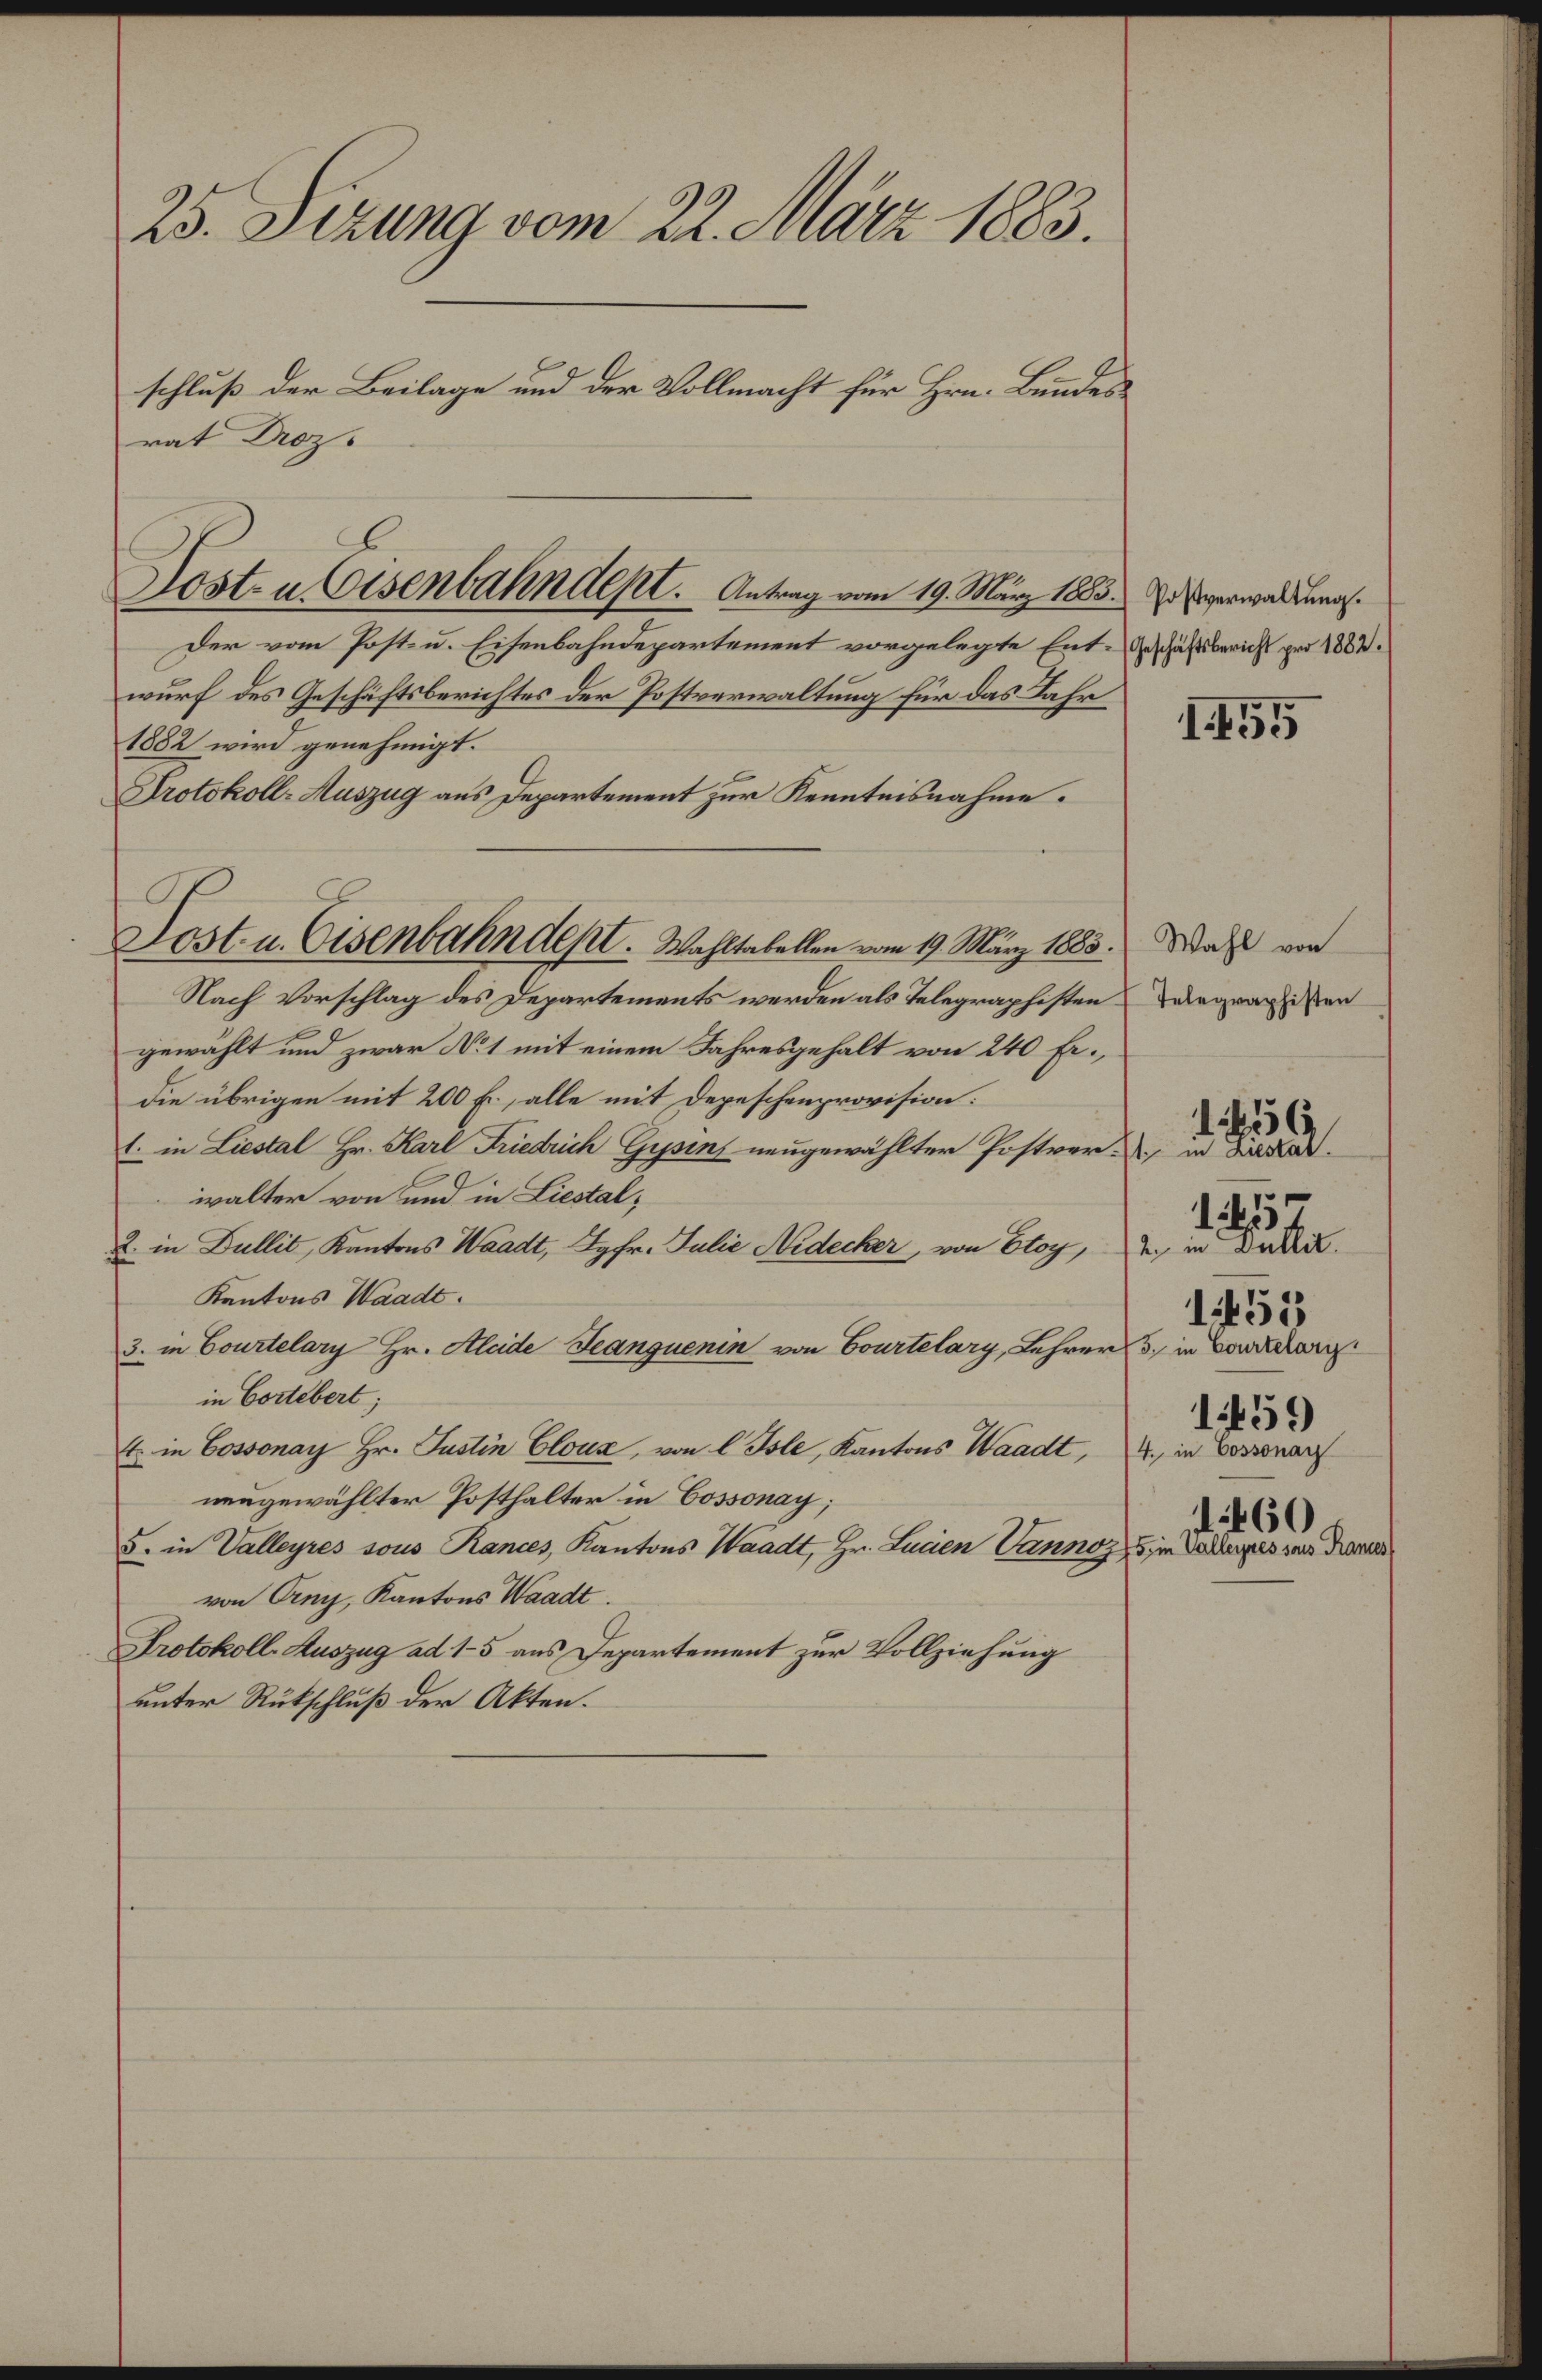
25. Sizung vom 22. März 1883.
schluß der Beilage und der Vollmacht für Hrn. Bundes
rat Droz.

Der vom Post- u. Eisenbahndepartement vorgelegte Ent-Geschäftsbericht pro 1883.
wurf des Geschäftsberichtes der Postverwaltung für das Jahr
1882 wird genehmigt.
Protokoll- Auszug aus Departement zur Kenntnisnahme.
Nach Vorschlag des Departements werden als Telegraphistengewählt und zwar No 1 mit einem Jahresgehalt von 240 Erdie übrigen mit 200 fl., alle mit Depeschenprovision:
1. in Liestal Hr. Karl Friedrich Gypsens neugewählter Postverde, in Lazar
walter von und in Liestal¬
2. in Dullit, Kantons Waadt, Jgfr. Julie Nidecker, von Etoy,
Kantons Waadt.
3. in Courtelary Hr. Kleide Jeanguenin von Courtelary, Lehrer 5. in Barbarg
in Cortebert;
E in Cossonay Hr. Justin Cloux, von l Isle, Kantons Waadt,
neugewählter Posthalter in Cossonay;
5. in Valleyres sous Rances, Kantons Waadt, Hr. Luisen Vannoz
von Orny, Kantons Waadt.
Protokoll-Auszug ad 15 aus Departement zur Vollziehung
unter Rutschluß der Akten.

Lost- u Eisenbahndept.   Antrag vom 19. März 1883. In verwaltungs¬

Sost- u. Eisenbahndept. Wahltatellen vom 19. März 1883.

155

Wahl von
Telegraphisten

2. in Dullit.
1459
4. in Cossonay
 460
75, in Valleyres sous Tannes

1556

15

1453